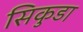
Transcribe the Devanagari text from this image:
सिकुडा